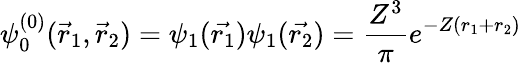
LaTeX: \psi_{0}^{(0)}({\vec{r}}_{1},{\vec{r}}_{2})=\psi_{1}({\vec{r_{1}}})\psi_{1}({\vec{r_{2}}})={\frac{Z^{3}}{\pi}}e^{-Z(r_{1}+r_{2})}